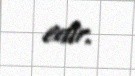
edir.